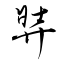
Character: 弉